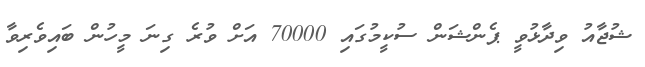
ޝުޖާއު ވިދާޅުވީ ޕެންޝަން ސުކީމުގައި 70000 އަށް ވުރެ ގިނަ މީހުން ބައިވެރިވާ